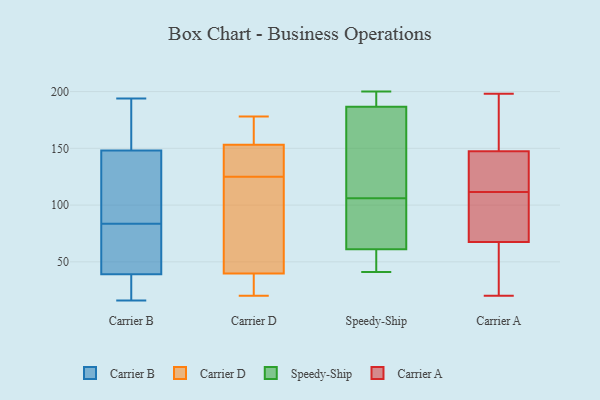
{"axis": {"x": "Budget (USD K)", "y": "Value"}, "legend": ["Carrier A", "Carrier B", "Carrier D", "Speedy-Ship"], "data": [{"x": "", "y": 113, "type": "Carrier B"}, {"x": "", "y": 36, "type": "Carrier B"}, {"x": "", "y": 148, "type": "Carrier B"}, {"x": "", "y": 176, "type": "Carrier B"}, {"x": "", "y": 22, "type": "Carrier B"}, {"x": "", "y": 81, "type": "Carrier B"}, {"x": "", "y": 73, "type": "Carrier B"}, {"x": "", "y": 194, "type": "Carrier B"}, {"x": "", "y": 152, "type": "Carrier B"}, {"x": "", "y": 116, "type": "Carrier B"}, {"x": "", "y": 16, "type": "Carrier B"}, {"x": "", "y": 39, "type": "Carrier B"}, {"x": "", "y": 71, "type": "Carrier B"}, {"x": "", "y": 86, "type": "Carrier B"}, {"x": "", "y": 125, "type": "Carrier D"}, {"x": "", "y": 34, "type": "Carrier D"}, {"x": "", "y": 118, "type": "Carrier D"}, {"x": "", "y": 20, "type": "Carrier D"}, {"x": "", "y": 116, "type": "Carrier D"}, {"x": "", "y": 39, "type": "Carrier D"}, {"x": "", "y": 162, "type": "Carrier D"}, {"x": "", "y": 137, "type": "Carrier D"}, {"x": "", "y": 151, "type": "Carrier D"}, {"x": "", "y": 73, "type": "Carrier D"}, {"x": "", "y": 178, "type": "Carrier D"}, {"x": "", "y": 171, "type": "Carrier D"}, {"x": "", "y": 160, "type": "Carrier D"}, {"x": "", "y": 40, "type": "Carrier D"}, {"x": "", "y": 39, "type": "Carrier D"}, {"x": "", "y": 133, "type": "Carrier D"}, {"x": "", "y": 133, "type": "Carrier D"}, {"x": "", "y": 194, "type": "Speedy-Ship"}, {"x": "", "y": 195, "type": "Speedy-Ship"}, {"x": "", "y": 200, "type": "Speedy-Ship"}, {"x": "", "y": 106, "type": "Speedy-Ship"}, {"x": "", "y": 168, "type": "Speedy-Ship"}, {"x": "", "y": 52, "type": "Speedy-Ship"}, {"x": "", "y": 185, "type": "Speedy-Ship"}, {"x": "", "y": 192, "type": "Speedy-Ship"}, {"x": "", "y": 185, "type": "Speedy-Ship"}, {"x": "", "y": 64, "type": "Speedy-Ship"}, {"x": "", "y": 72, "type": "Speedy-Ship"}, {"x": "", "y": 41, "type": "Speedy-Ship"}, {"x": "", "y": 58, "type": "Speedy-Ship"}, {"x": "", "y": 53, "type": "Speedy-Ship"}, {"x": "", "y": 122, "type": "Speedy-Ship"}, {"x": "", "y": 71, "type": "Speedy-Ship"}, {"x": "", "y": 62, "type": "Speedy-Ship"}, {"x": "", "y": 119, "type": "Carrier A"}, {"x": "", "y": 185, "type": "Carrier A"}, {"x": "", "y": 75, "type": "Carrier A"}, {"x": "", "y": 20, "type": "Carrier A"}, {"x": "", "y": 198, "type": "Carrier A"}, {"x": "", "y": 110, "type": "Carrier A"}, {"x": "", "y": 113, "type": "Carrier A"}, {"x": "", "y": 156, "type": "Carrier A"}, {"x": "", "y": 139, "type": "Carrier A"}, {"x": "", "y": 51, "type": "Carrier A"}, {"x": "", "y": 60, "type": "Carrier A"}, {"x": "", "y": 101, "type": "Carrier A"}]}